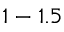
1 - 1 . 5